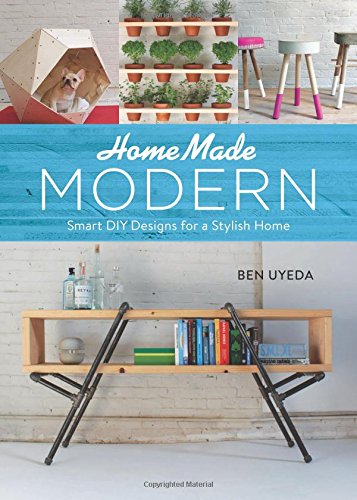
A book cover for HomeMade Modern: Smart DIY Designs for a Stylish Home; Ben Uyeda; Crafts, Hobbies & Home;